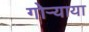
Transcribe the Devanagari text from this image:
गोऱ्याया